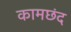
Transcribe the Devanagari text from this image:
कामछंद